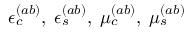
\epsilon _ { c } ^ { ( a b ) } , \; \epsilon _ { s } ^ { ( a b ) } , \; \mu _ { c } ^ { ( a b ) } , \; \mu _ { s } ^ { ( a b ) }